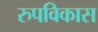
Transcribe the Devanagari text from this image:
रुपविकास